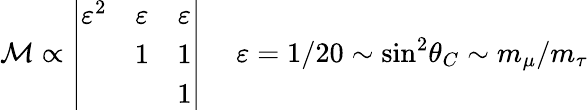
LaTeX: {\cal M}\propto\left|\begin{array}{ccc}{{\varepsilon^{2}}}&{{\varepsilon}}&{{\varepsilon}}\\ {{}}&{{1}}&{{1}}\\ {{}}&{{}}&{{1}}\end{array}\right|\ \ \ \ \ \varepsilon=1/20\sim\sin^{2}\! \theta_{C}\sim m_{\mu}/m_{\tau}